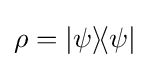
\rho =|\psi \rangle \!\langle \psi |